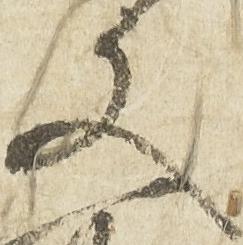
文